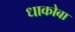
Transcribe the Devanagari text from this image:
धाकोबा